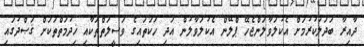
ދާއިރާ ބަދަލުކުރުމަށް އެކުލަވާލަންޖެހޭ ޕްލޭން އެކުލަވާލުން އަދި ހަކަތައިގެ ވަސީލަތްތަކާއި ޚިދުމަތްތަކަށް ޤަޞްދުގައި